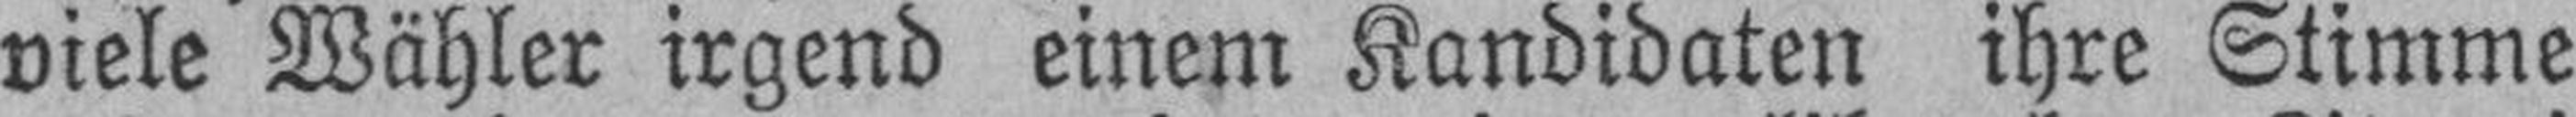
viele Wähler irgend einem Kandidaten ihre Stimme